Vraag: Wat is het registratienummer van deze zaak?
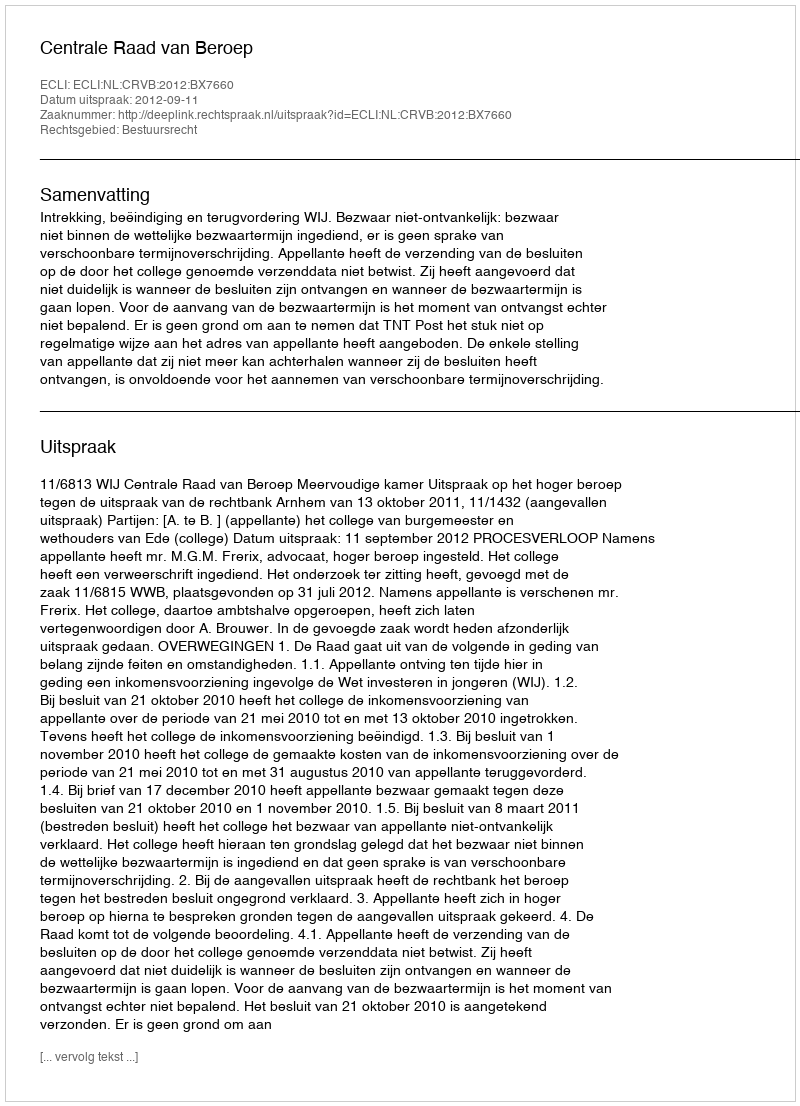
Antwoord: http://deeplink.rechtspraak.nl/uitspraak?id=ECLI:NL:CRVB:2012:BX7660